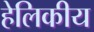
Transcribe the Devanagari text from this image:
हेलिकीय